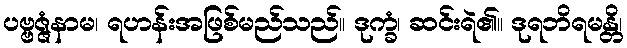
ပဗ္ဗဇ္ဇံနာမ၊ ရဟန်းအဖြစ်မည်သည်။ ဒုက္ခံ၊ ဆင်းရဲ၏။ ဒုရဘိရမန္တိ၊